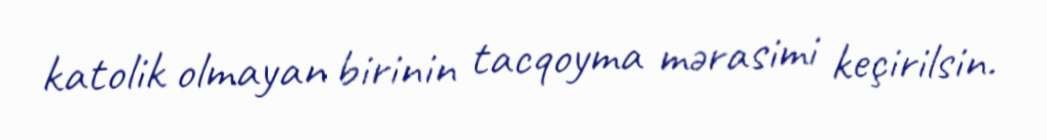
katolik olmayan birinin tacqoyma mərasimi keçirilsin.